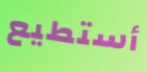
أستطيع